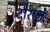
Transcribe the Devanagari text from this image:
दौराने